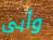
وأبى